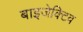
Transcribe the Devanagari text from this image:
बाइजेक्टिव